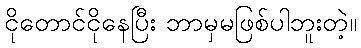
ငိုတောင်ငိုနေပြီး ဘာမှမဖြစ်ပါဘူးတဲ့။